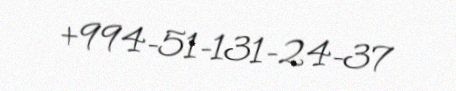
+994-51-131-24-37